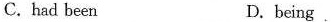
C. had been D.being